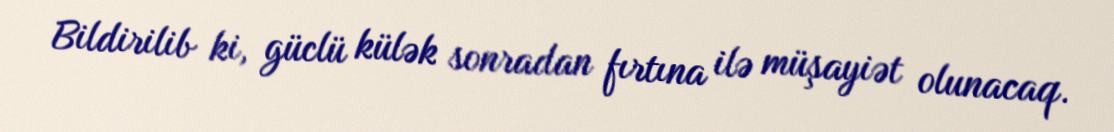
Bildirilib ki, güclü külək sonradan fırtına ilə müşayiət olunacaq.